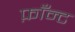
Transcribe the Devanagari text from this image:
फ़ाँन्ट